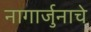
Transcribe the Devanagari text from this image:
नागार्जुनाचे